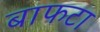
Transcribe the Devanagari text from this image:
बाफटा